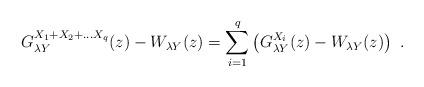
LaTeX: \begin{align*}G_{\lambda Y}^{X_1+X_2+\dots X_q}(z)-W_{\lambda Y}(z)=\sum_{i=1}^q\left(G_{\lambda Y}^{X_i}(z)-W_{\lambda Y}(z)\right)\ .\end{align*}